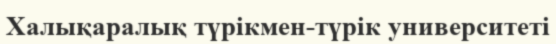
Халықаралық түрікмен-түрік университеті